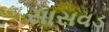
સાસવડ